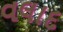
વલાદ